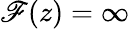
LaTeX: \mathscr{F}(z)=\infty